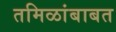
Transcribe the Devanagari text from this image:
तमिळांबाबत